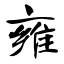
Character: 雍